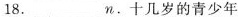
18.______n.十几岁的青少年